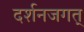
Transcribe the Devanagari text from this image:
दर्शनजगत्